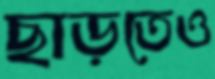
ছাড়তেও